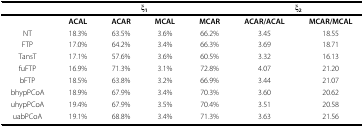
<table><thead><tr><td></td><td colspan="4"><b>ξ<sub>1</sub></b></td><td colspan="2"><b>ξ<sub>2</sub></b></td></tr></thead><tbody><tr><td></td><td><b>ACAL</b></td><td><b>ACAR</b></td><td><b>MCAL</b></td><td><b>MCAR</b></td><td><b>ACAR/ACAL</b></td><td><b>MCAR/MCAL</b></td></tr><tr><td>NT</td><td>18.3%</td><td>63.5%</td><td>3.6%</td><td>66.2%</td><td>3.45</td><td>18.55</td></tr><tr><td>FTP</td><td>17.0%</td><td>64.2%</td><td>3.4%</td><td>66.3%</td><td>3.69</td><td>18.71</td></tr><tr><td>TansT</td><td>17.1%</td><td>57.6%</td><td>3.6%</td><td>60.5%</td><td>3.32</td><td>16.13</td></tr><tr><td>fuFTP</td><td>16.9%</td><td>71.3%</td><td>3.1%</td><td>72.8%</td><td>4.07</td><td>21.20</td></tr><tr><td>bFTP</td><td>18.5%</td><td>63.8%</td><td>3.2%</td><td>66.9%</td><td>3.44</td><td>21.07</td></tr><tr><td>bhypPCoA</td><td>18.9%</td><td>67.9%</td><td>3.4%</td><td>70.3%</td><td>3.60</td><td>20.62</td></tr><tr><td>uhypPCoA</td><td>19.4%</td><td>67.9%</td><td>3.5%</td><td>70.4%</td><td>3.51</td><td>20.58</td></tr><tr><td>uabPCoA</td><td>19.1%</td><td>68.8%</td><td>3.4%</td><td>71.3%</td><td>3.63</td><td>21.56</td></tr></tbody></table>